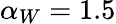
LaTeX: \alpha_{W}=1.5